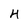
Character: 4